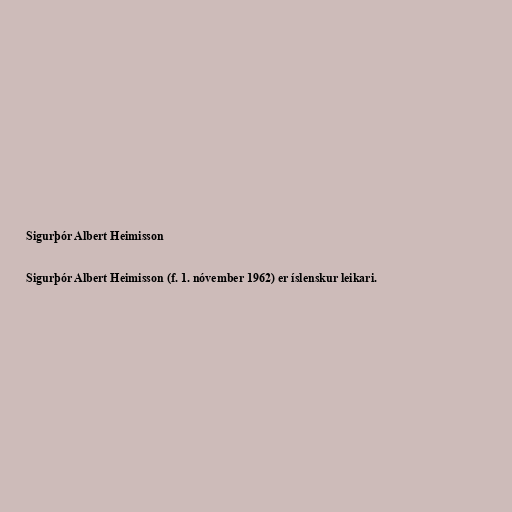
Sigurþór Albert Heimisson

Sigurþór Albert Heimisson (f. 1. nóvember 1962) er íslenskur leikari.